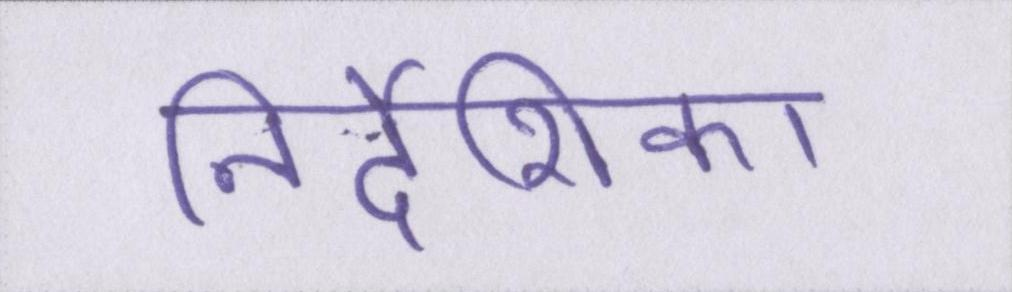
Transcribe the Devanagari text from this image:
निर्देशिका